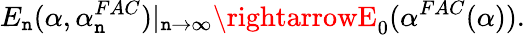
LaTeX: E_{\mathtt{n}}(\alpha,\alpha_{\mathtt{n}}^{FAC})|_{\mathtt{n}\rightarrow\infty}\rightarrowE_{0}(\alpha^{FAC}(\alpha)).